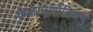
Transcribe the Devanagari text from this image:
कलापूर्णोदियमु